Punjab Mental Hospital Lahore 1922-31 - 1922-1931
Year: 1922
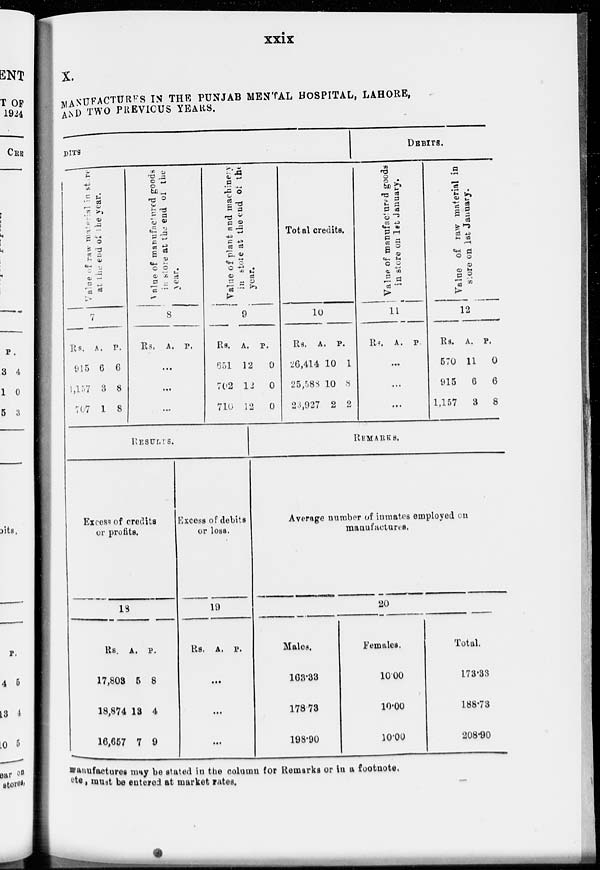
xxix
X.
MANUFACTURES IN THE PUNJAB MENTAL HOSPITAL, LAHORE,
AND TWO PREVIOUS YEARS.
DITS
Value of raw material in store
at the end
of the year.
7
Rs.
915
1,157
707
A.
6
3
1
P.
6
8
8
Value of manufactured goods
in store at the end of the
year.
8
Rs. A.
...
...
...
P.
Value of plant and machinery
in store
at the end of the
year.
9
Rs.
651
702
710
A.
12
12
12
P.
0
0
0
Total credits.
10
Rs.
26,414
25,588
23,927
A.
10
10
2
P.
1
8
2
DEBITS.
Value of manufactured goods
in store on 1st January.
11
Rs. A.
...
...
...
P.
Value of raw material in
store
on 1st January.
12
Rs.
570
915
1,157
A.
11
6
3
P.
0
6
8
RESULTS.
Excess of credits
or profits.
18
Rs.
17,803
13,874
16,657
A.
5
13
7
P.
8
4
9
Excess of debits
or loss.
19
Rs. A.
...
...
...
P.
REMARKS.
Average number of inmates employed on
manufactures.
20
Males.
168.33
178.73
198.90
Females.
10.00
10.00
10.00
Total.
173.33
188.73
208.90
manufactures may be stated in the column for Remarks or in a footnote.
etc., must be entered at market rates.